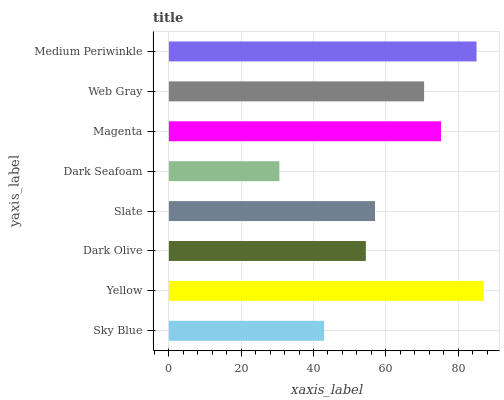
| yaxis_label | bars |
 | --- | --- |
 | Sky Blue | 42.9 |
 | Yellow | 87.1 |
 | Dark Olive | 54.5 |
 | Slate | 57 |
 | Dark Seafoam | 30.6 |
 | Magenta | 75.3 |
 | Web Gray | 70.6 |
 | Medium Periwinkle | 85.1 |